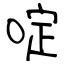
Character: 啶